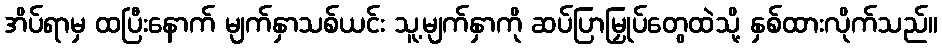
အိပ်ရာမှ ထပြီးနောက် မျက်နှာသစ်ယင်း သူ့မျက်နှာကို ဆပ်ပြာမြှုပ်တွေထဲသို့ နှစ်ထားလိုက်သည်။